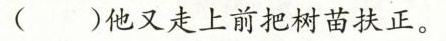
()他又走上前把树苗扶正。